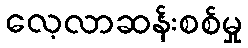
လေ့လာဆန်းစစ်မှု